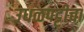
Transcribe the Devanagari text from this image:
उधळपट्टीचा